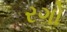
રગો